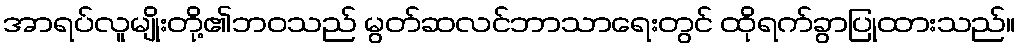
အာရပ်လူမျိုးတို့၏ဘဝသည် မွတ်ဆလင်ဘာသာရေးတွင် ထိုရက်ခွာပြုထားသည်။